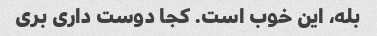
بله، این خوب است. کجا دوست داری بری